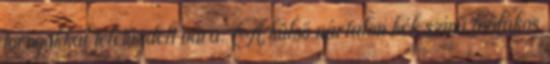
tornyokkal teletűzdelt vára. A külső várfalon kék színű lóalakos